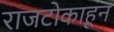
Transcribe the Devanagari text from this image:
राजटोकाहून